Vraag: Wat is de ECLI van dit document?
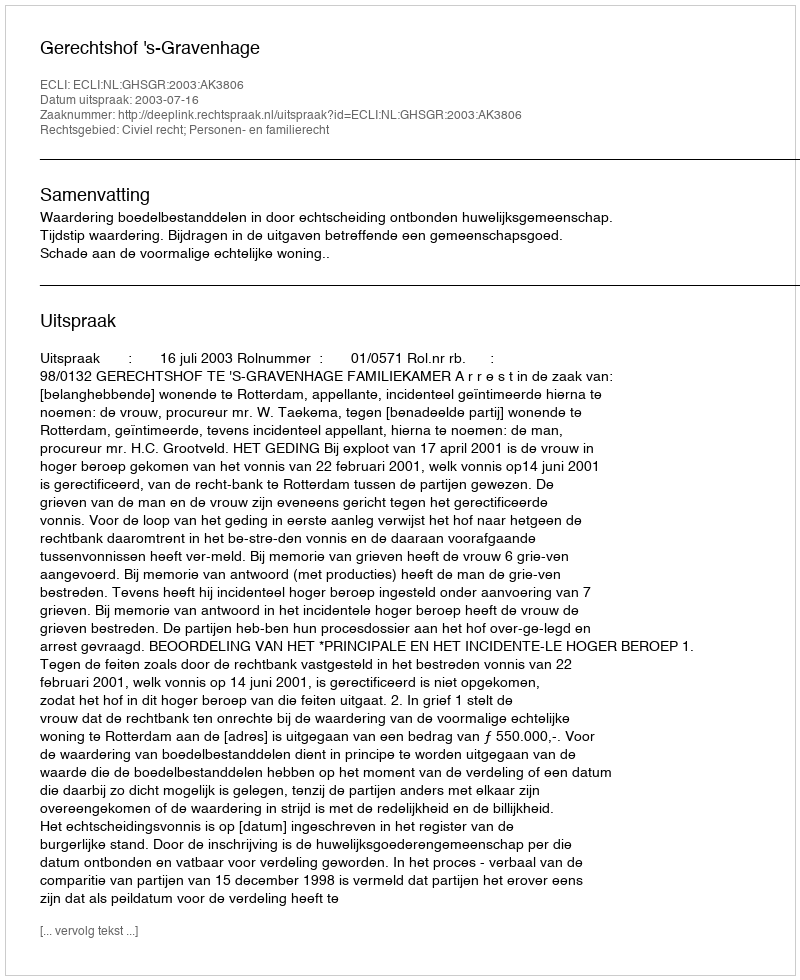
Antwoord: ECLI:NL:GHSGR:2003:AK3806